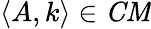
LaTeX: \langle A,k\rangle\in{\mathit{CM}}